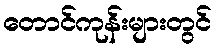
တောင်ကုန်းများတွင်